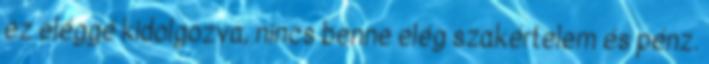
ez eléggé kidolgozva, nincs benne elég szakértelem és pénz.